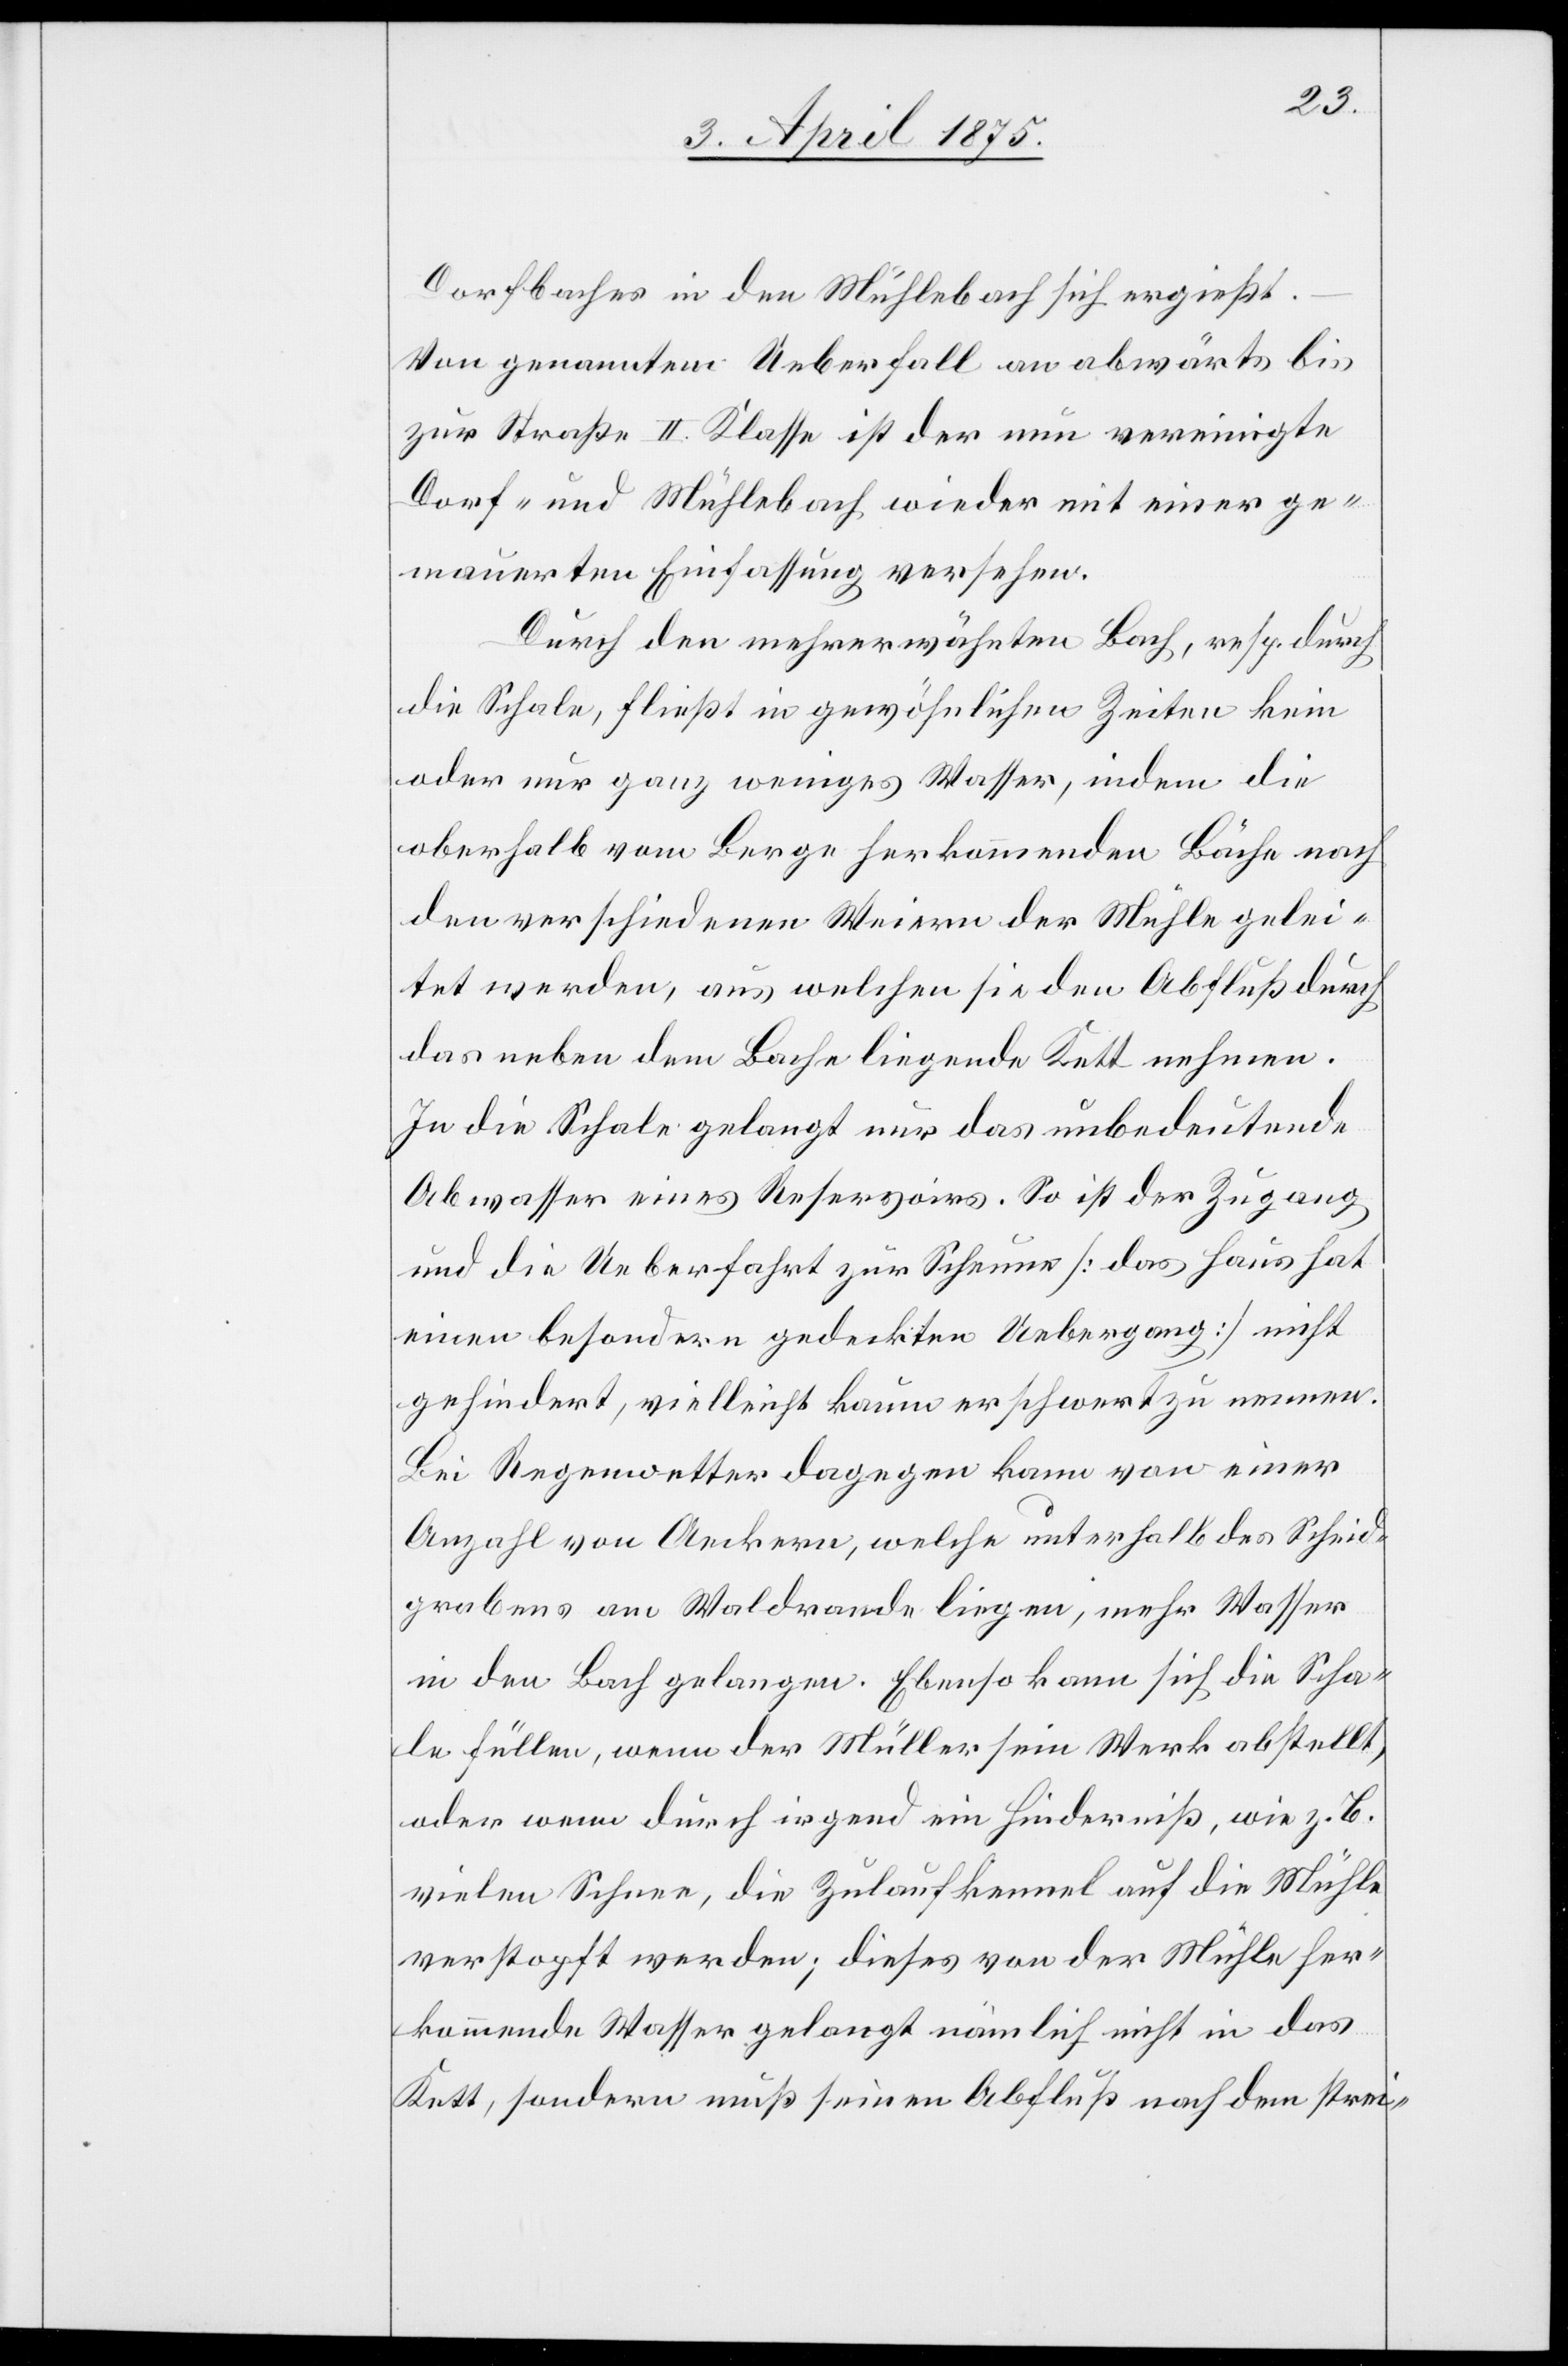
Dorfbaches in den Mühlebach sich ergießt.
Von genanntem Ueberfall an abwärts bis
zur Straße II. Klasse ist der nun vereinigte
Dorf- und Mühlebach wieder mit einer ge¬
mauerten Einfassung versehen.
Durch den mehrerwähnten Bach, resp. durch
die Schale, fließt in gewöhnlichen Zeiten kein
oder nur ganz weniges Wasser, indem die
oberhalb vom Berge herkommenden Bäche nach
den verschiedenen Weiern der Mühle gelei¬
tet werden, aus welchen sie den Abschluß durch
das neben dem Bache liegende Kett nehmen.
In die Schale gelangt nur das unbedeutende
Abwasser eines Reservoirs. So ist der Zugang
und die Ueberfahrt zur Scheune [das Haus hat
einen besondern gedeckten Uebergang] nicht
gehindert, vielleicht kaum erschwert zu nennen.
Bei Regenwasser dagegen kann von einer
Anzahl von Aeckern, welche unterhalb des Scheid¬
grabens am Waldrande liegen, mehr Wasser
in den Bach gelangen. Ebenso kann sich die Scha¬
le füllen, wenn der Müller sein Werk abstellt,
oder wenn durch irgend ein Hinderniß, wie z. B.
vielen Schnee, die Zulaufkennel auf die Mühle
verstopft werden; dieses von der Mühle her¬
kommende Wasser gelangt nämlich nicht in das
Kett, sondern muß seinen Abschluß nach dem strei-